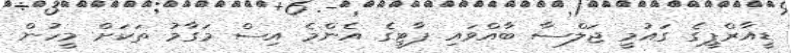
ޑީއާރްޕީގެ ގައުމީ ޖަލްސާ ބާއްވައި ޕާޓީގެ އެންމެ އިސް މަގާމު ތަކަށް މީހުން